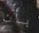
بأن